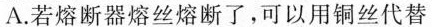
A.若熔断器熔丝熔断了，可以用铜丝代替